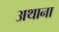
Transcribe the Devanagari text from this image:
अथाना